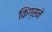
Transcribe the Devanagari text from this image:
किंग्सने